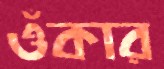
ওঁকার